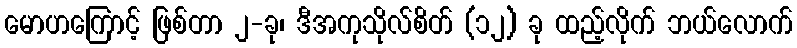
မောဟကြောင့် ဖြစ်တာ ၂-ခု၊ ဒီအကုသိုလ်စိတ် (၁၂) ခု ထည့်လိုက် ဘယ်လောက်